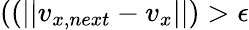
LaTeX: ((||v_{x,next}-v_{x}||)>\epsilon